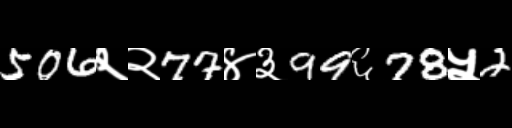
Text: 506२२77४३99६78५2